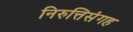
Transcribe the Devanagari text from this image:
निरुत्तिसंगह